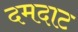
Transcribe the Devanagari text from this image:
दमदाट